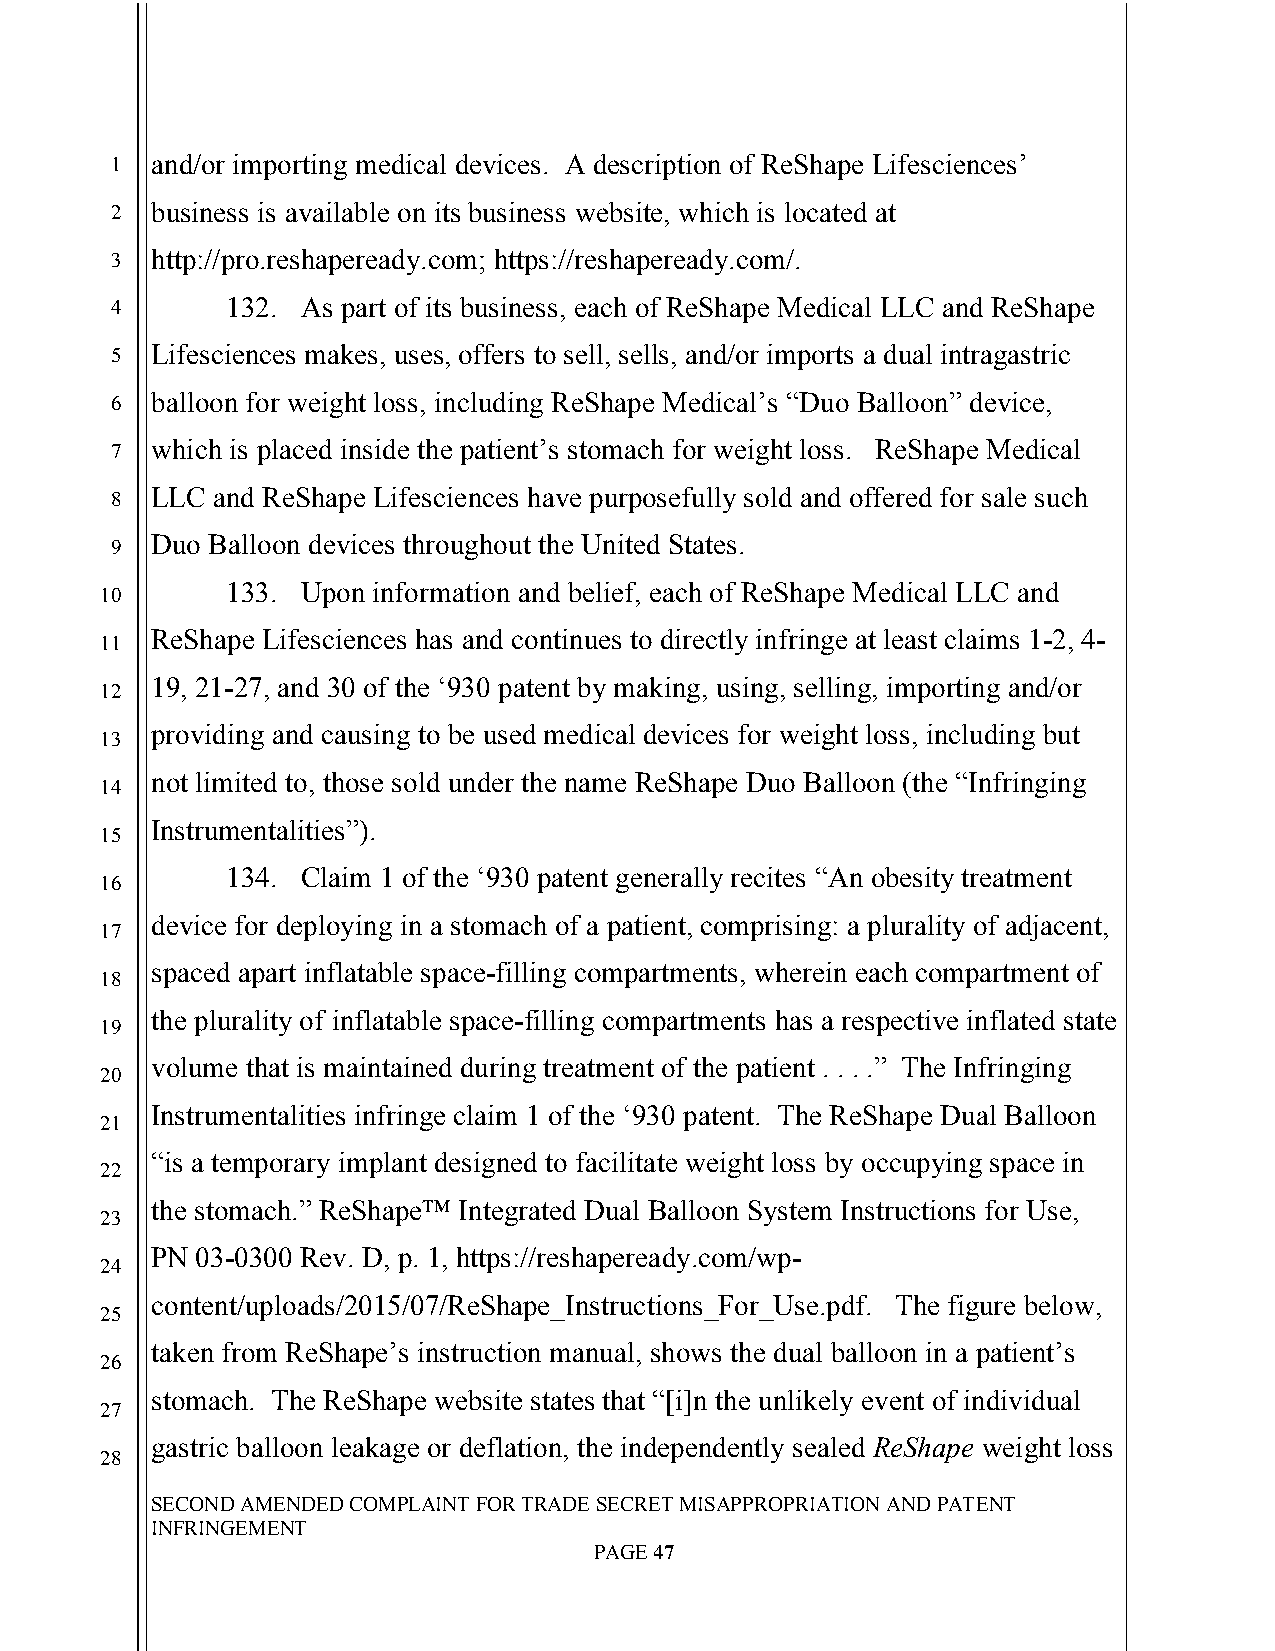
`
 1  and/or importing medical devices. A description of ReShape Lifesciences’
 2  business is available on its business website, which is located at
 3  http://pro.reshapeready.com; https://reshapeready.com/.
 4       132. As part of its business, each of ReShape Medical LLC and ReShape
 5  Lifesciences makes, uses, offers to sell, sells, and/or imports a dual intragastric
 6  balloon for weight loss, including ReShape Medical’s “Duo Balloon” device,
 7  which is placed inside the patient’s stomach for weight loss. ReShape Medical
 8  LLC and ReShape Lifesciences have purposefully sold and offered for sale such
 Duo Balloon devices throughout the United States.
 9
 133. Upon information and belief, each of ReShape Medical LLC and
 10
 ReShape Lifesciences has and continues to directly infringe at least claims 1-2, 4-
 11
 19, 21-27, and 30 of the ‘930 patent by making, using, selling, importing and/or
 12
 providing and causing to be used medical devices for weight loss, including but
 13
 not limited to, those sold under the name ReShape Duo Balloon (the “Infringing
 14
 Instrumentalities”).
 15
 134. Claim 1 of the ‘930 patent generally recites “An obesity treatment
 16
 device for deploying in a stomach of a patient, comprising: a plurality of adjacent,
 17
 spaced apart inflatable space-filling compartments, wherein each compartment of
 18
 the plurality of inflatable space-filling compartments has a respective inflated state
 19
 volume that is maintained during treatment of the patient . . . .” The Infringing
 20
 Instrumentalities infringe claim 1 of the ‘930 patent. The ReShape Dual Balloon
 21
 “is a temporary implant designed to facilitate weight loss by occupying space in
 22
 the stomach.” ReShape™ Integrated Dual Balloon System Instructions for Use,
 23
 PN 03-0300 Rev. D, p. 1, https://reshapeready.com/wp-
 24
 content/uploads/2015/07/ReShape_Instructions_For_Use.pdf. The figure below,
 25
 taken from ReShape’s instruction manual, shows the dual balloon in a patient’s
 26
 stomach. The ReShape website states that “[i]n the unlikely event of individual
 27
 gastric balloon leakage or deflation, the independently sealed ReShape weight loss
 28
 SECOND AMENDED COMPLAINT FOR TRADE SECRET MISAPPROPRIATION AND PATENT
 INFRINGEMENT
 PAGE 47